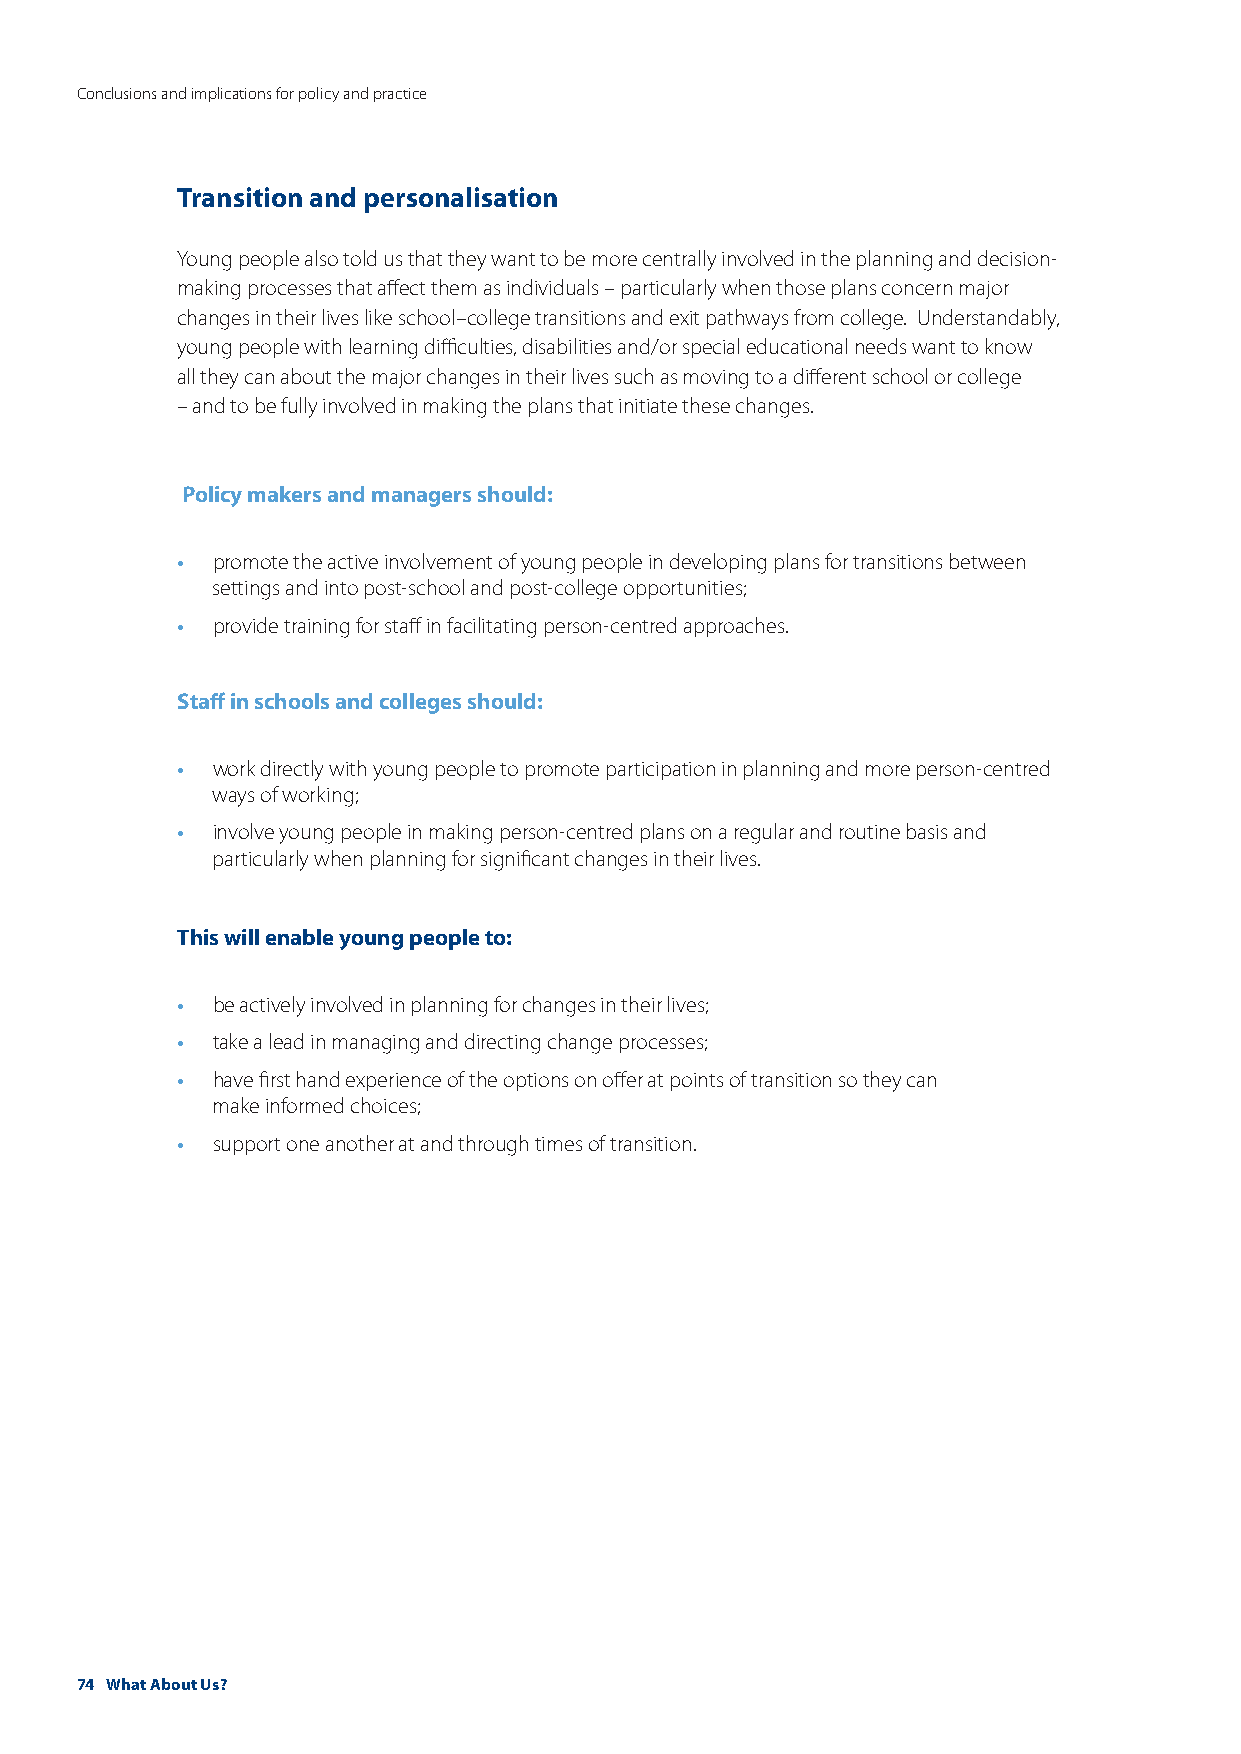
Conclusions and implications for policy and practice
 Transition and personalisation
 Young people also told us that they want to be more centrally involved in the planning and decision-
 making processes that affect them as individuals – particularly when those plans concern major
 changes in their lives like school–college transitions and exit pathways from college. Understandably,
 young people with learning difficulties, disabilities and/or special educational needs want to know
 all they can about the major changes in their lives such as moving to a different school or college
 – and to be fully involved in making the plans that initiate these changes.
 Policy makers and managers should:
 •
 promote the active involvement of young people in developing plans for transitions between
 settings and into post-school and post-college opportunities;
 •
 provide training for staff in facilitating person-centred approaches.
 Staff in schools and colleges should:
 •
 work directly with young people to promote participation in planning and more person-centred
 ways of working;
 •
 involve young people in making person-centred plans on a regular and routine basis and
 particularly when planning for significant changes in their lives.
 This will enable young people to:
 •
 be actively involved in planning for changes in their lives;
 •
 take a lead in managing and directing change processes;
 •
 have first hand experience of the options on offer at points of transition so they can
 make informed choices;
 •
 support one another at and through times of transition.
 74 What About Us?